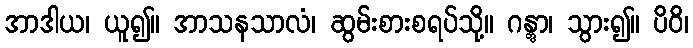
အာဒါယ၊ ယူ၍။ အာသနသာလံ၊ ဆွမ်းစားစရပ်သို့။ ဂန္တွာ၊ သွား၍။ ပိဝိ၊